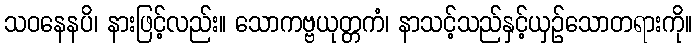
သဝနေနပိ၊ နားဖြင့်လည်း။ သောကဗ္ဗယုတ္တကံ၊ နာသင့်သည်နှင့်ယှဉ်သောတရားကို။